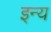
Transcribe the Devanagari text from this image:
इन्य